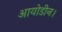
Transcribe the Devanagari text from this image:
आयोडीन।